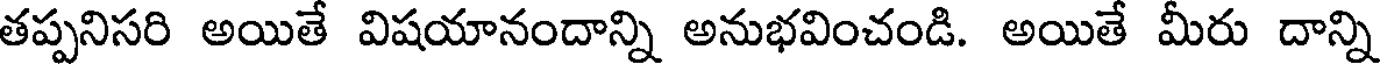
తప్పనిసరి అయితే విషయానందాన్ని అనుభవించండి. అయితే మీరు దాన్ని